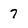
Character: 7